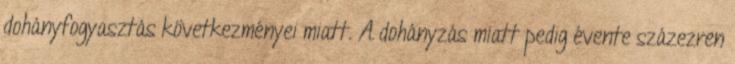
dohányfogyasztás következményei miatt. A dohányzás miatt pedig évente százezren